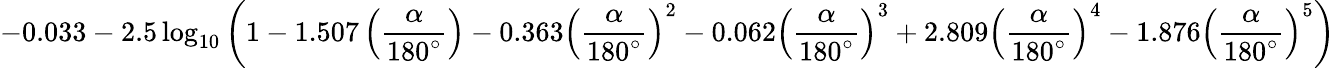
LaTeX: -0.033-2.5\log_{10}{\left(1-1.507\left({\frac{\alpha}{180^{\circ}}}\right)-0.363\left({\frac{\alpha}{180^{\circ}}}\right)^{2}-0.062\left({\frac{\alpha}{180^{\circ}}}\right)^{3}+2.809\left({\frac{\alpha}{180^{\circ}}}\right)^{4}-1.876\left({\frac{\alpha}{180^{\circ}}}\right)^{5}\right)}